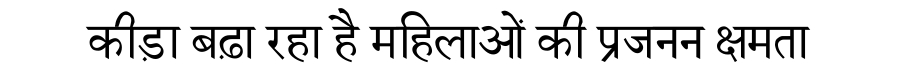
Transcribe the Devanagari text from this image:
कीड़ा बढ़ा रहा है महिलाओं की प्रजनन क्षमता